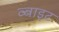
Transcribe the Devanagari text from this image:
व्बाइट